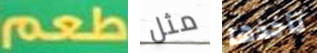
طعم مثل تأخذها